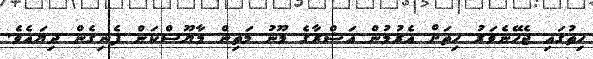
ހިތުގައި ޖެހޭނެވަރު ހިތަށް އެރުމުން އަޝްރާގެ މޫނު މަތިން މާޔޫސްކަން ފެނިގެން ދިޔައެވެ.